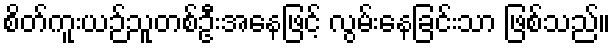
စိတ်ကူးယဉ်သူတစ်ဦးအနေဖြင့် လွမ်းနေခြင်းသာ ဖြစ်သည်။